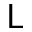
\mathsf { L }